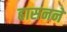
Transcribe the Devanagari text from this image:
हासनने